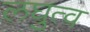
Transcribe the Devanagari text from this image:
लघुत्व